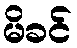
မိခင်